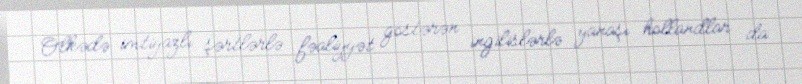
Ölkədə imtiyazlı şərtlərlə fəaliyyət göstərən ingilislərlə yanaşı hollandlar da